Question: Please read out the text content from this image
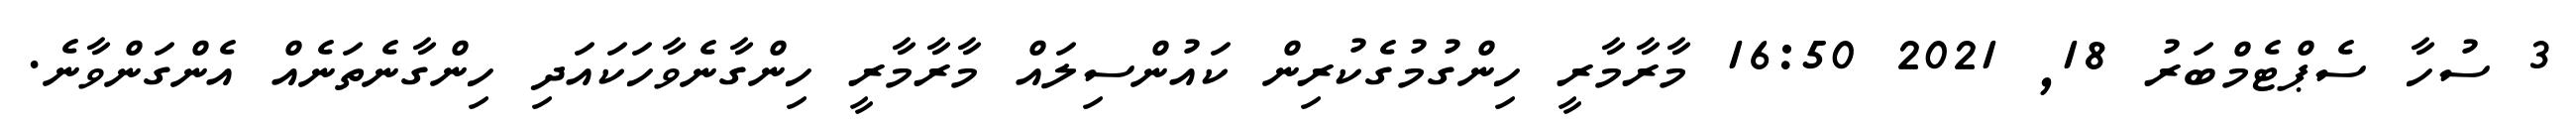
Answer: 3 ސުހާ ސެޕްޓެމްބަރު 18, 2021 16:50 މާރާމާރީ ހިންގުމުގެކުރިން ކައުންސިލައް މާރާމާރީ ހިންގާނެވާހަކައަދި ހިންގާނެތަނެއް އެންގަންވާނެ.